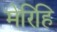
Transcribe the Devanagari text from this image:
मेरिहि